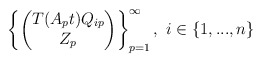
\begin{align*}\left\{\begin{pmatrix}T(A_{p}t)Q_{ip}\\Z_{p}\end{pmatrix}\right\}_{p=1}^{\infty},\textrm{ }i\in\{1,...,n\}\end{align*}